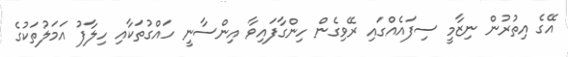
އޭގެ އިތުރުން ނިޒާމީ ސިފައެއްގައި ރޭވިގެން ހިންގާފައިވާ އިންސާނީ ހައްގުތަކާއި ހިލާާފު އަމަލުތަކުގެ